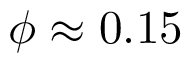
\phi \approx 0 . 1 5